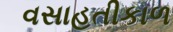
વસાહતીકાળ